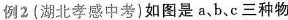
例2(湖北孝感中考)如图是a、b、c三种物